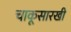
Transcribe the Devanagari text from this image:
चाकूसारखी